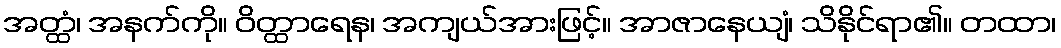
အတ္ထံ၊ အနက်ကို။ ဝိတ္ထာရေန၊ အကျယ်အားဖြင့်။ အာဇာနေယျံ၊ သိနိုင်ရာ၏။ တထာ၊